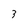
Character: 3